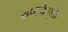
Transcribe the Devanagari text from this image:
खरजेमुळे